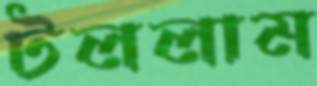
টললাম